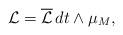
LaTeX: \begin{align*}\mathcal{L}=\overline{\mathcal{L}}\,dt\wedge\mu_M,\end{align*}